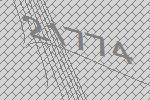
21774